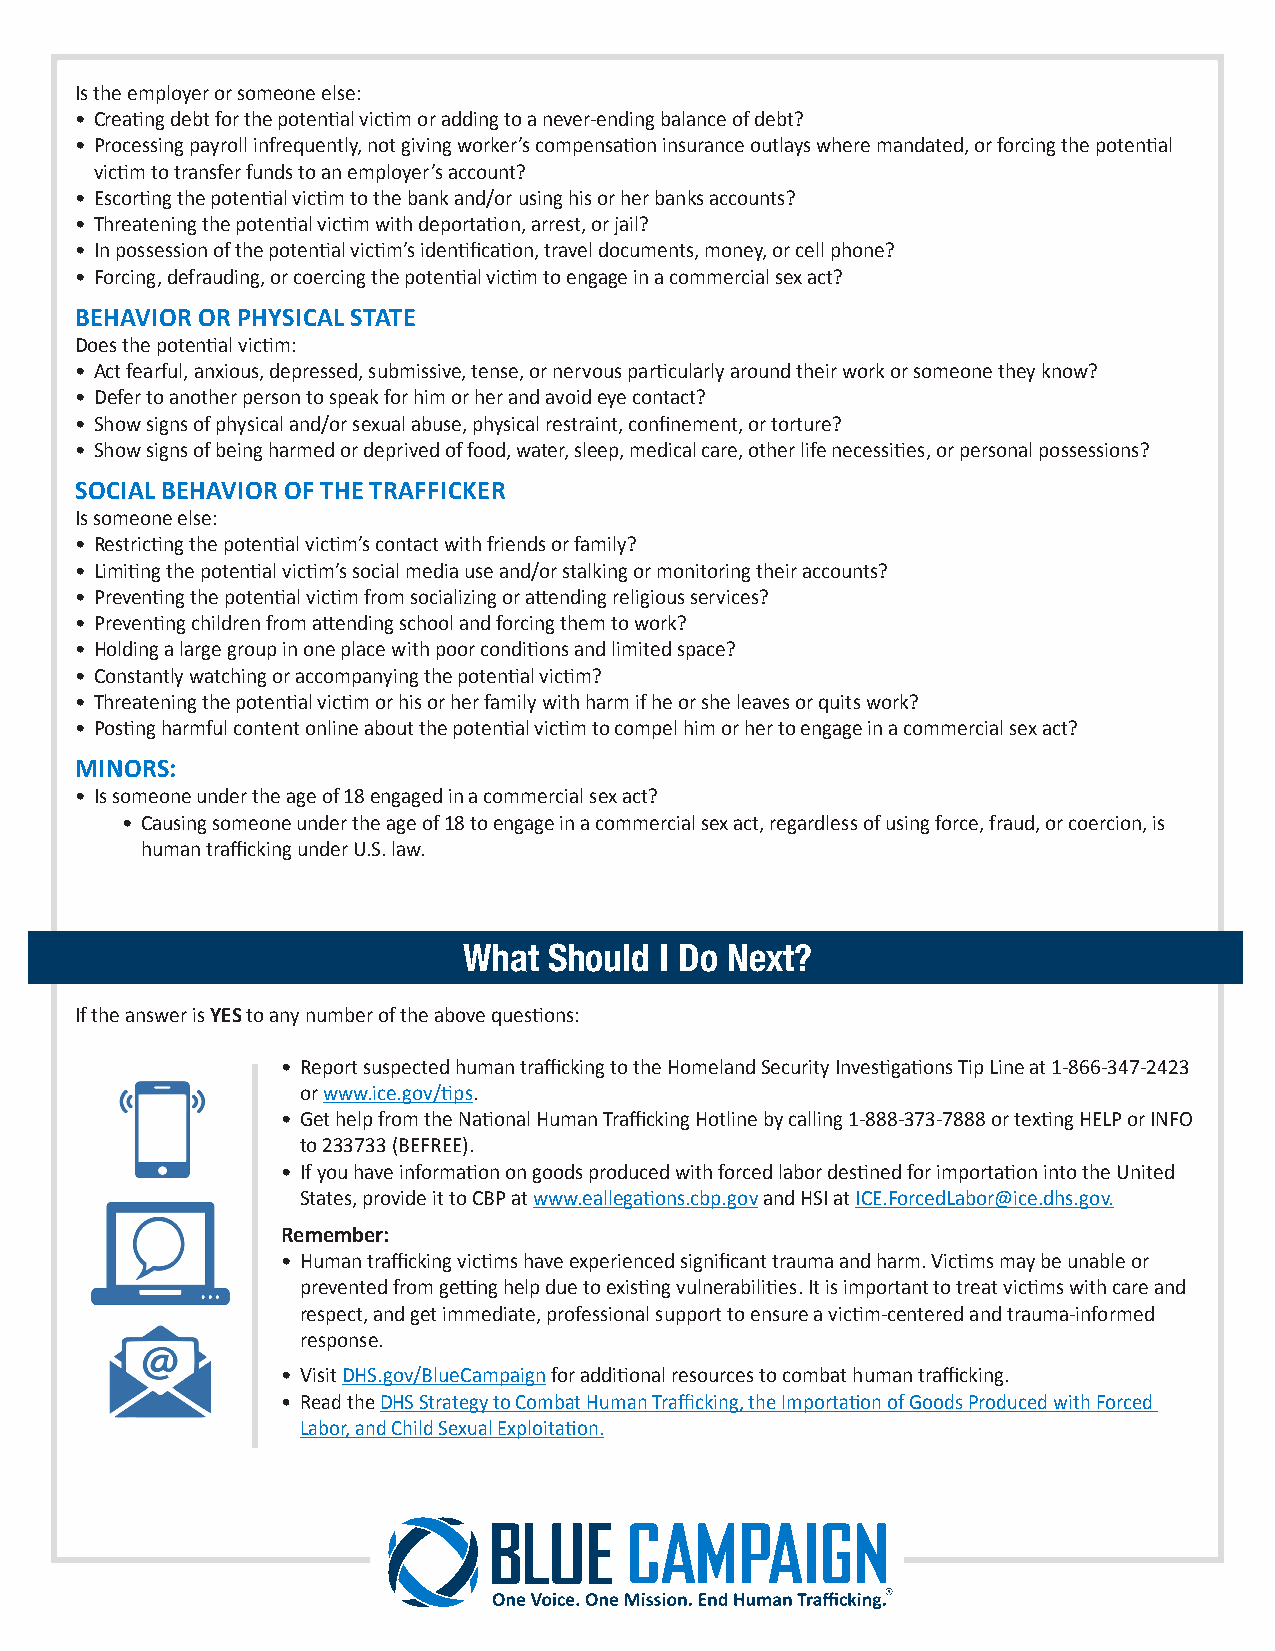
Is the employer or someone else:
 • Creating debt for the potential victim or adding to a never-ending balance of debt?
 • Processing payroll infrequently, not giving worker’s compensation insurance outlays where mandated, or forcing the potential
 victim to transfer funds to an employer’s account?
 • Escorting the potential victim to the bank and/or using his or her banks accounts?
 • Threatening the potential victim with deportation, arrest, or jail?
 • In possession of the potential victim’s identification, travel documents, money, or cell phone?
 • Forcing, defrauding, or coercing the potential victim to engage in a commercial sex act?
 BEHAVIOR OR PHYSICAL STATE
 Does the potential victim:
 • Act fearful, anxious, depressed, submissive, tense, or nervous particularly around their work or someone they know?
 • Defer to another person to speak for him or her and avoid eye contact?
 • Show signs of physical and/or sexual abuse, physical restraint, confinement, or torture?
 • Show signs of being harmed or deprived of food, water, sleep, medical care, other life necessities, or personal possessions?
 SOCIAL BEHAVIOR OF THE TRAFFICKER
 Is someone else:
 • Restricting the potential victim’s contact with friends or family?
 • Limiting the potential victim’s social media use and/or stalking or monitoring their accounts?
 • Preventing the potential victim from socializing or attending religious services?
 • Preventing children from attending school and forcing them to work?
 • Holding a large group in one place with poor conditions and limited space?
 • Constantly watching or accompanying the potential victim?
 • Threatening the potential victim or his or her family with harm if he or she leaves or quits work?
 • Posting harmful content online about the potential victim to compel him or her to engage in a commercial sex act?
 MINORS:
 • Is someone under the age of 18 engaged in a commercial sex act?
 • Causing someone under the age of 18 to engage in a commercial sex act, regardless of using force, fraud, or coercion, is
 human trafficking under U.S. law.
 What Should  I Do Next?
 If the answer is YES to any number of the above questions:
 • Report suspected human trafficking to the Homeland Security Investigations Tip Line at 1-866-347-2423
 or www.ice.gov/tips.
 • Get help from the National Human Trafficking Hotline by calling 1-888-373-7888 or texting HELP or INFO
 to 233733 (BEFREE).
 • If you have information on goods produced with forced labor destined for importation into the United
 States, provide it to CBP at www.eallegations.cbp.gov and HSI at ICE.ForcedLabor@ice.dhs.gov.
 Remember:
 • Human trafficking victims have experienced significant trauma and harm. Victims may be unable or
 prevented from getting help due to existing vulnerabilities. It is important to treat victims with care and
 respect, and get immediate, professional support to ensure a victim-centered and trauma-informed
 response.
 • Visit DHS.gov/BlueCampaign for additional resources to combat human trafficking.
 • Read the DHS Strategy to Combat Human Trafficking, the Importation of Goods Produced with Forced
 Labor, and Child Sexual Exploitation.